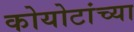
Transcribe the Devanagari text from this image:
कोयोटांच्या